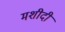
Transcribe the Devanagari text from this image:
मशीदी